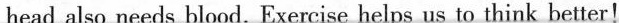
head also needs blood. Exercise helps us to think better!